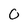
Character: O